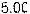
5.00